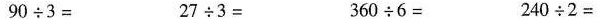
$$9 0 \div 3 =$$ $$2 7 \div 3 =$$ $$3 6 0 \div 6 =$$ $$2 4 0 \div 2 =$$